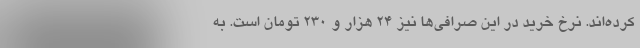
کرده‌اند. نرخ خرید در این صرافی‌ها نیز ۲۴ هزار و ۲۳۰ تومان است. به